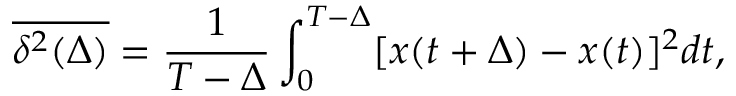
\overline { { \delta ^ { 2 } ( \Delta ) } } = \frac { 1 } { T - \Delta } \int _ { 0 } ^ { T - \Delta } [ x ( t + \Delta ) - x ( t ) ] ^ { 2 } d t ,